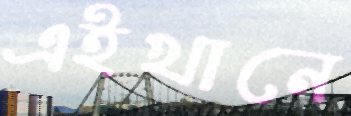
এইখানে